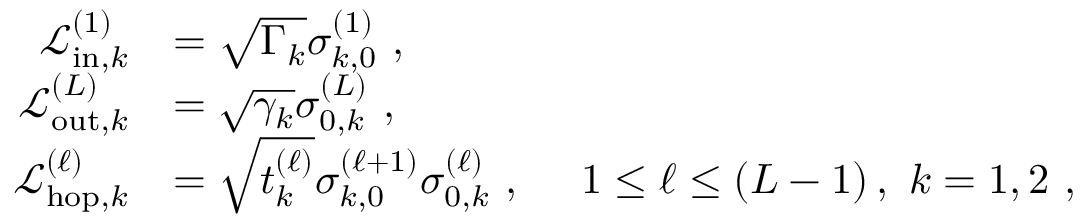
\begin{array} { r l } { \mathcal { L } _ { \mathrm { i n } , k } ^ { ( 1 ) } } & { = \sqrt { \Gamma _ { k } } \sigma _ { k , 0 } ^ { ( 1 ) } \, \, , } \\ { \mathcal { L } _ { \mathrm { o u t } , k } ^ { ( L ) } } & { = \sqrt { \gamma _ { k } } \sigma _ { 0 , k } ^ { ( L ) } \, \, , } \\ { \mathcal { L } _ { \mathrm { h o p } , k } ^ { ( \ell ) } } & { = \sqrt { t _ { k } ^ { ( \ell ) } } \sigma _ { k , 0 } ^ { ( \ell + 1 ) } \sigma _ { 0 , k } ^ { ( \ell ) } \, \, , \ \ \ \ 1 \le \ell \le \left( L - 1 \right) , \, \, k = 1 , 2 \, \, , } \end{array}